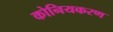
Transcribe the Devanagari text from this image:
कोनियकरण